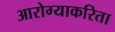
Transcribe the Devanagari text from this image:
आरोग्याकरिता